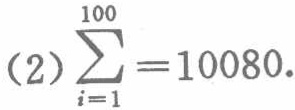
\((2)\sum_{i = 1}^{100}=10080\)